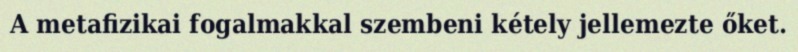
A metafizikai fogalmakkal szembeni kétely jellemezte őket.